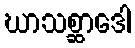
ဃာသစ္ဆာဒေါ